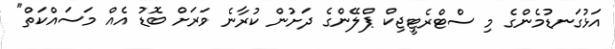
އަޅުގަނޑުމެންގެ މި ސްޓްރެޓީޖިކް ޕްލޭންގެ ދަށުން ކުރާނެ ވަރަށް ބޮޑު އެއް މަސައްކަތް"